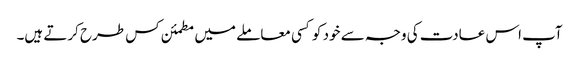
آپ اس عادت کی وجہ سے خود کو کسی معاملے میں مطمئن کس طرح کرتے ہیں۔